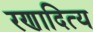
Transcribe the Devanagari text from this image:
रणादित्य